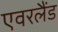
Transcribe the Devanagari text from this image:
एवरलैंड